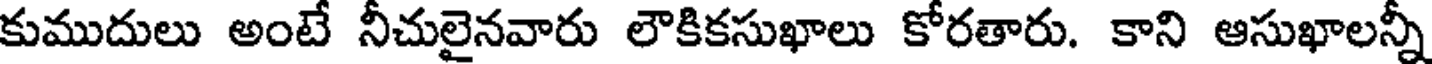
కుముదులు అంటే నీచులైనవారు లౌకికసుఖాలు కోరతారు. కాని ఆసుఖాలన్నీ